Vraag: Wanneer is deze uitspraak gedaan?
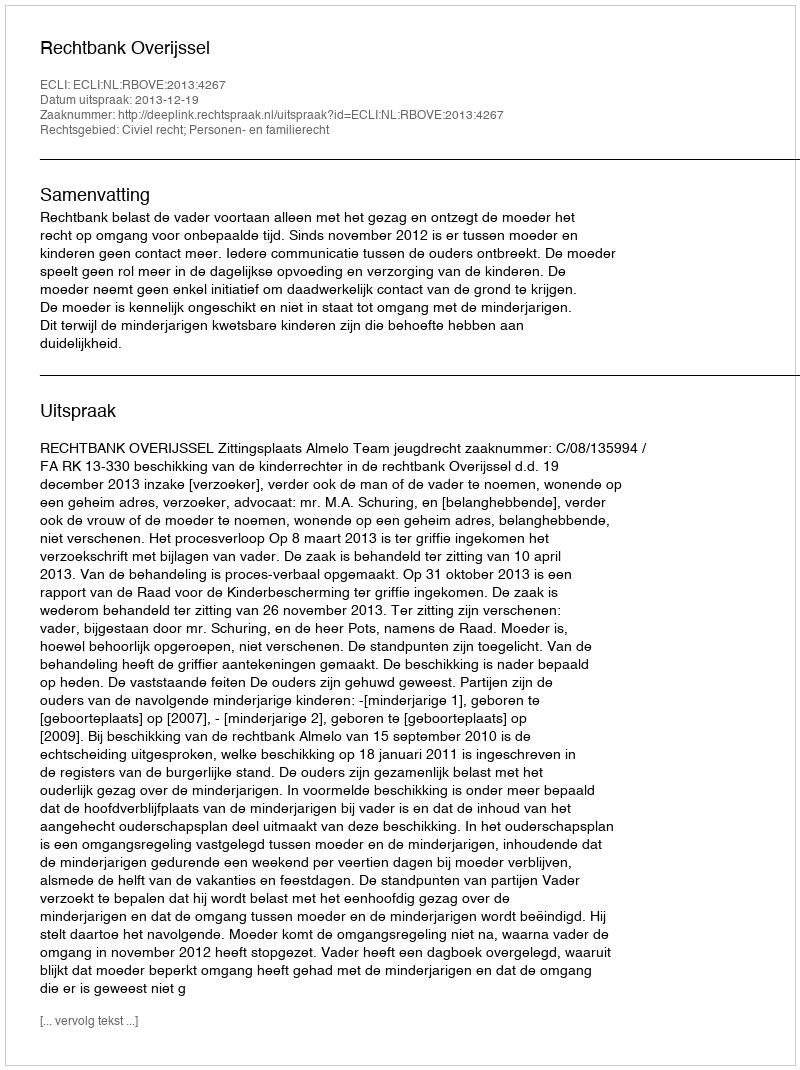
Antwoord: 2013-12-19